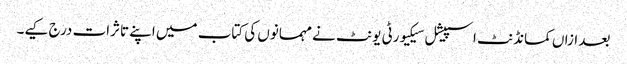
بعد ازاں کمانڈنٹ اسپیشل سیکیورٹی یونٹ نے مہمانوں کی کتاب میں اپنے تاثرات درج کیے۔